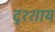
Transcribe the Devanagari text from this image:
दृश्शाय